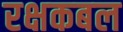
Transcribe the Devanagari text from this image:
रक्षकबल